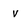
Character: v